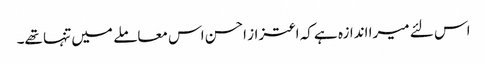
اس لئے میرا اندازہ ہے کہ اعتزاز احسن اس معاملے میں تنہا تھے۔